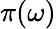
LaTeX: \pi(\omega)